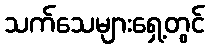
သက်သေများရှေ့တွင်